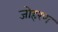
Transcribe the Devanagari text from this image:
जोहरण